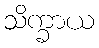
သိက္ခာယ